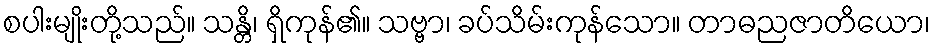
စပါးမျိုးတို့သည်။ သန္တိ၊ ရှိကုန်၏။ သဗ္ဗာ၊ ခပ်သိမ်းကုန်သော။ တာဓညဇာတိယော၊